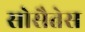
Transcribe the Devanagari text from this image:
सोसैतेस